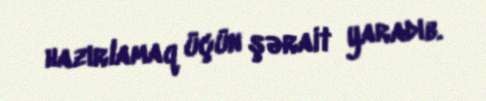
hazırlamaq üçün şərait yaradıb.